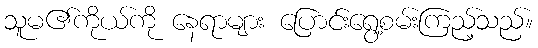
သူမ၏ကိုယ်ကို နေရာများ ပြောင်းရွေ့စမ်းကြည့်သည်။